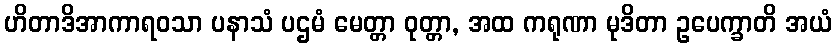
ဟိတာဒိအာကာရဝသာ ပနာသံ ပဌမံ မေတ္တာ ဝုတ္တာ, အထ ကရုဏာ မုဒိတာ ဥပေက္ခာတိ အယံ